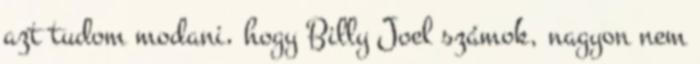
azt tudom modani, hogy Billy Joel számok, nagyon nem